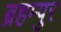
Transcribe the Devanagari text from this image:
ब्रहम्पुर